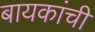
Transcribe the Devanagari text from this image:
बायकांचीं